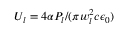
U _ { l } = 4 \alpha P _ { l } / ( \pi w _ { l } ^ { 2 } c \epsilon _ { 0 } )